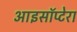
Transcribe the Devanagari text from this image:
आइसॉप्टेरा